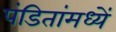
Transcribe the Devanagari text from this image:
पंडितांमध्यें